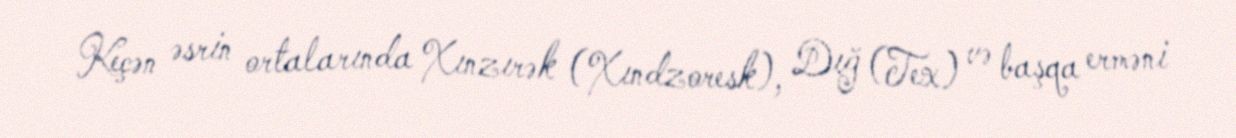
Keçən əsrin ortalarında Xınzırək (Xındzoresk), Dığ (Tex) və başqa erməni